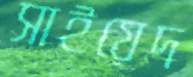
সাইয়েদ